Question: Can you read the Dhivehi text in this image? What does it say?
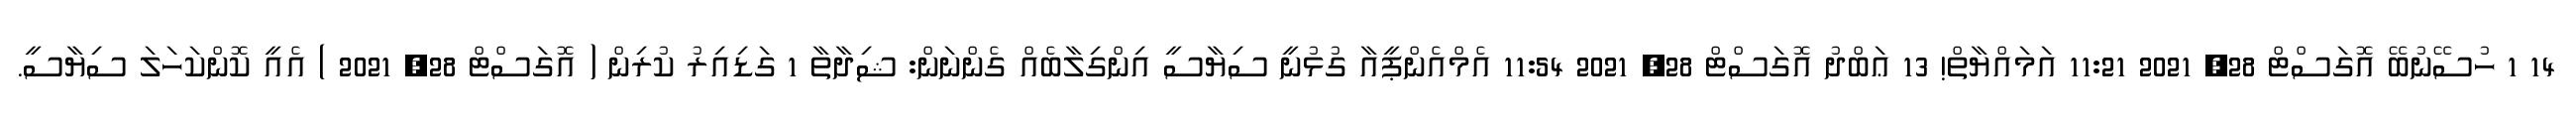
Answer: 14 1 ހުސޭނުބޭ އޮގަސްޓް 28, 2021 11:21 އަމައްޔާތް! 13 ޢަބްދު އޮގަސްޓް 28, 2021 11:54 އެމްއެންޕީއާ ގުޅުނީ ސިޔާސީ އިންގިލާބެއް ގެންނަން: ޝިދާތާ 1 ގަޑިއިރު ކުރިން ( އޮގަސްޓް 28, 2021 ) އެއީ ކޮންކަހަލަ ސިޔާސީ.